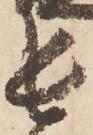
長